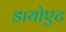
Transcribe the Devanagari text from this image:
डायोएट